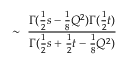
\sim ~ \frac { \Gamma ( \frac { 1 } { 2 } s - \frac { 1 } { 8 } Q ^ { 2 } ) \Gamma ( \frac { 1 } { 2 } t ) } { \Gamma ( \frac { 1 } { 2 } s + \frac { 1 } { 2 } t - \frac { 1 } { 8 } Q ^ { 2 } ) }